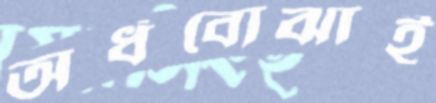
অর্ধবোঝাই